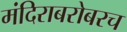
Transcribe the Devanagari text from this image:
मंदिराबरोबरच